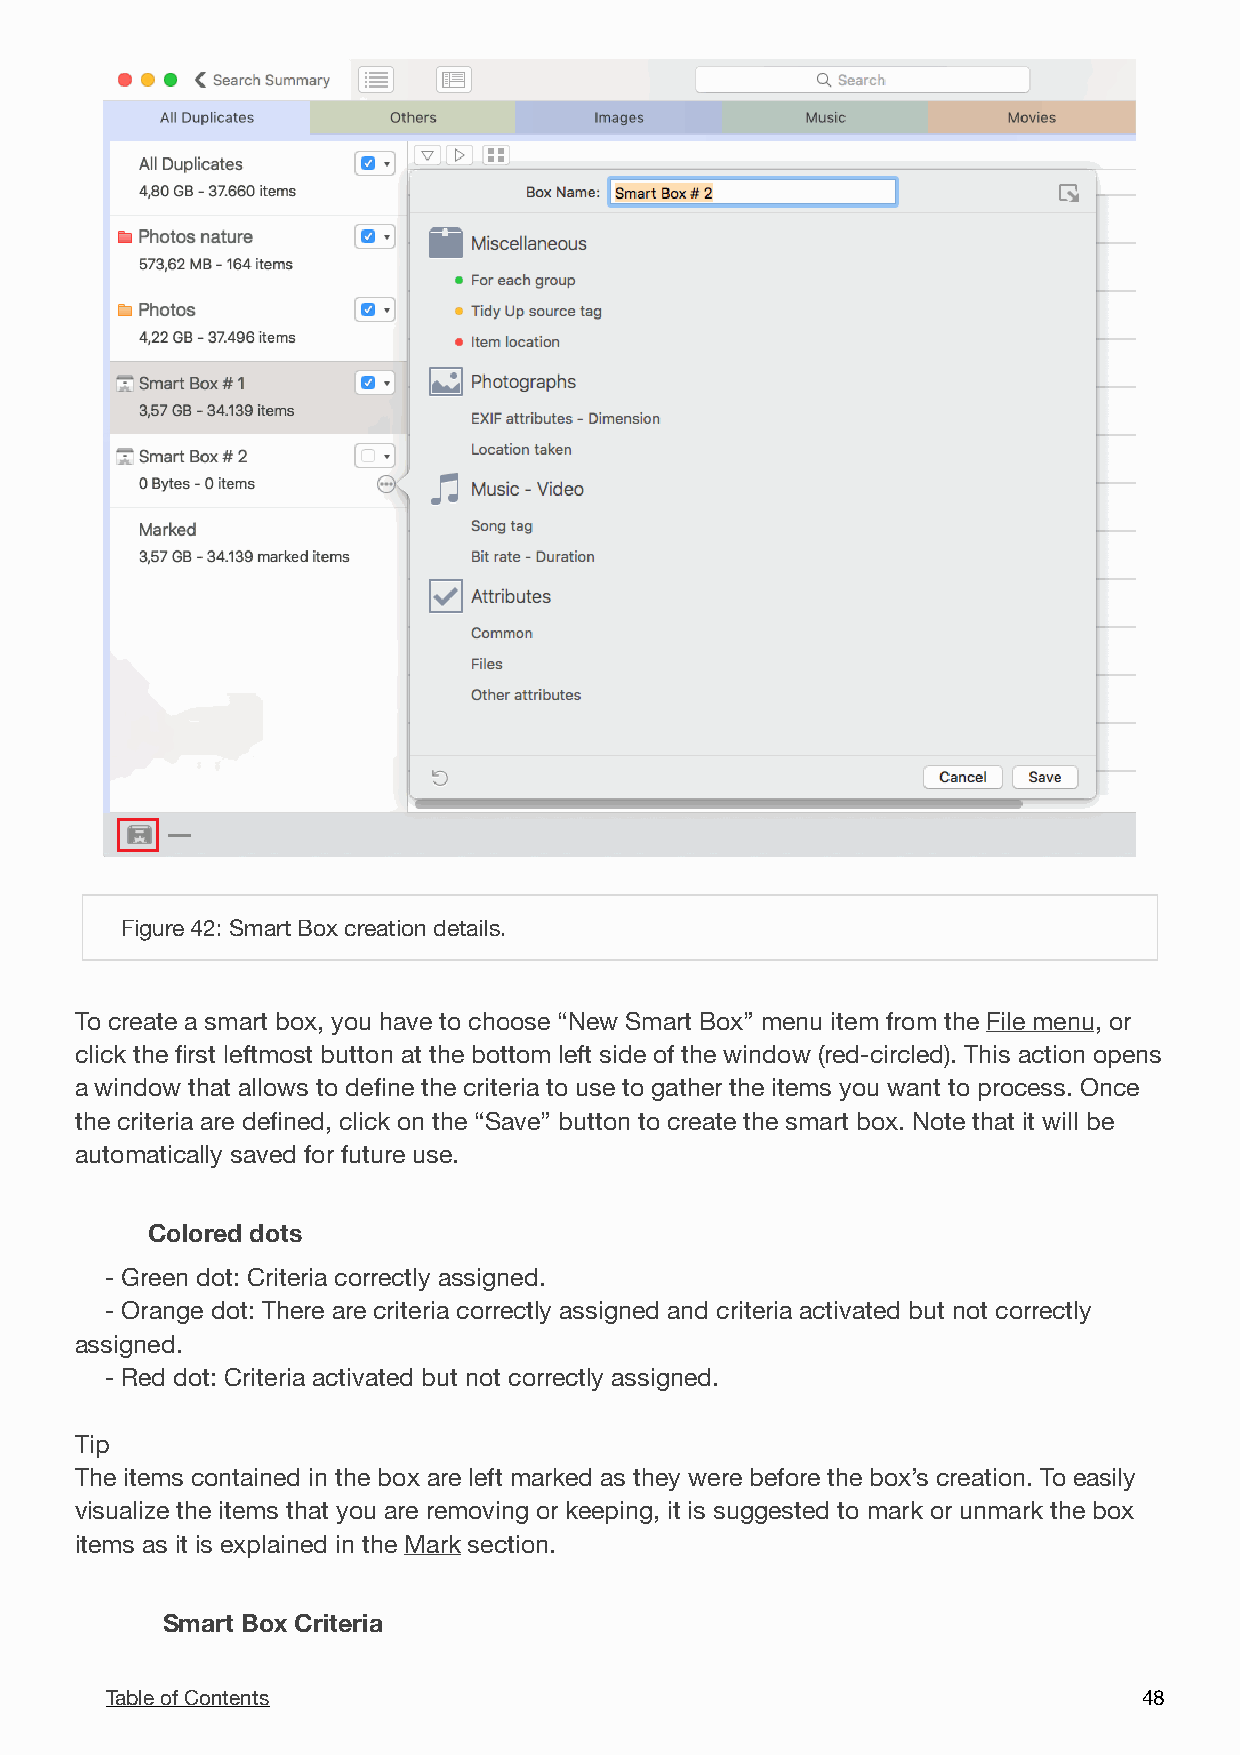

 Figure 42: Smart Box creation details.
 To create a smart box, you have to choose “New Smart Box” menu item from the File menu, or
 click the first leftmost button at the bottom left side of the window (red-circled). This action opens
 a window that allows to define the criteria to use to gather the items you want to process. Once
 the criteria are defined, click on the “Save” button to create the smart box. Note that it will be
 automatically saved for future use.
 Colored dots
 - Green dot: Criteria correctly assigned.
 - Orange dot: There are criteria correctly assigned and criteria activated but not correctly
 assigned.
 - Red dot: Criteria activated but not correctly assigned.
 Tip
 The items contained in the box are left marked as they were before the box’s creation. To easily
 visualize the items that you are removing or keeping, it is suggested to mark or unmark the box
 items as it is explained in the Mark section.
 Smart Box Criteria
 Table of Contents                                                    4 8